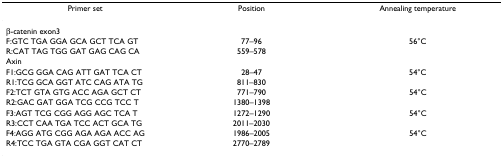
| Primer set | Position | Annealing temperature |
 | --- | --- | --- |
 | β-catenin exon3 |  |  |
 | F:GTC TGA GGA GCA GCT TCA GT | 77–96 | 56°C |
 | R:CAT TAG TGG GAT GAG CAG CA | 559–578 |  |
 | Axin |  |  |
 | F1:GCG GGA CAG ATT GAT TCA CT | 28–47 | 54°C |
 | R1:TCG GCA GGT ATC CAG ATA TG | 811–830 |  |
 | F2:TCT GTA GTG ACC AGA GCT CT | 771–790 | 54°C |
 | R2:GAC GAT GGA TCG CCG TCC T | 1380–1398 |  |
 | F3:AGT TCG CGG AGG AGC TCA T | 1272–1290 | 54°C |
 | R3:CCT CAA TGA TCC ACT GCA TG | 2011–2030 |  |
 | F4:AGG ATG CGG AGA AGA ACC AG | 1986–2005 | 54°C |
 | R4:TCC TGA GTA CGA GGT CAT CT | 2770–2789 |  |